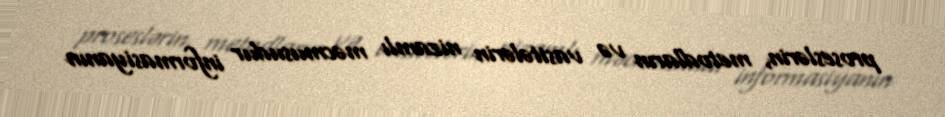
proseslərin, metodların və vasitələrin nizamlı məcmusudur informasiyanın